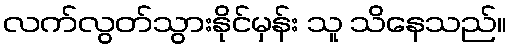
လက်လွတ်သွားနိုင်မှန်း သူ သိနေသည်။